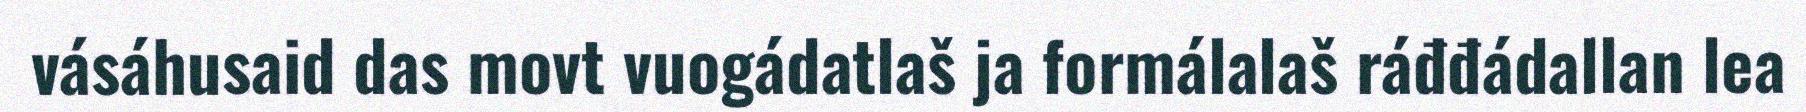
vásáhusaid das movt vuogádatlaš ja formálalaš ráđđádallan lea